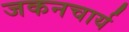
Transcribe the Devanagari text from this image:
जकनचार्य